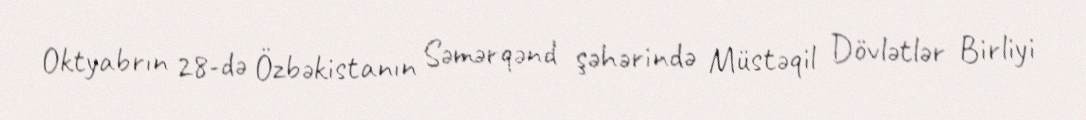
Oktyabrın 28-də Özbəkistanın Səmərqənd şəhərində Müstəqil Dövlətlər Birliyi